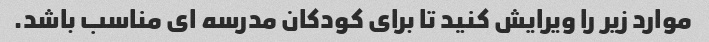
موارد زیر را ویرایش کنید تا برای کودکان مدرسه ای مناسب باشد.